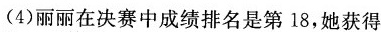
(4)丽丽在决赛中成绩排名是第18，她获得